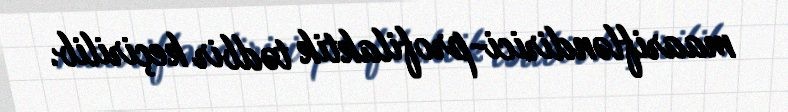
maarifləndirici-profilaktik tədbir keçirilib.